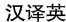
汉译英